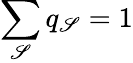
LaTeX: \sum_{\mathscr{S}}q_{\mathscr{S}}=1